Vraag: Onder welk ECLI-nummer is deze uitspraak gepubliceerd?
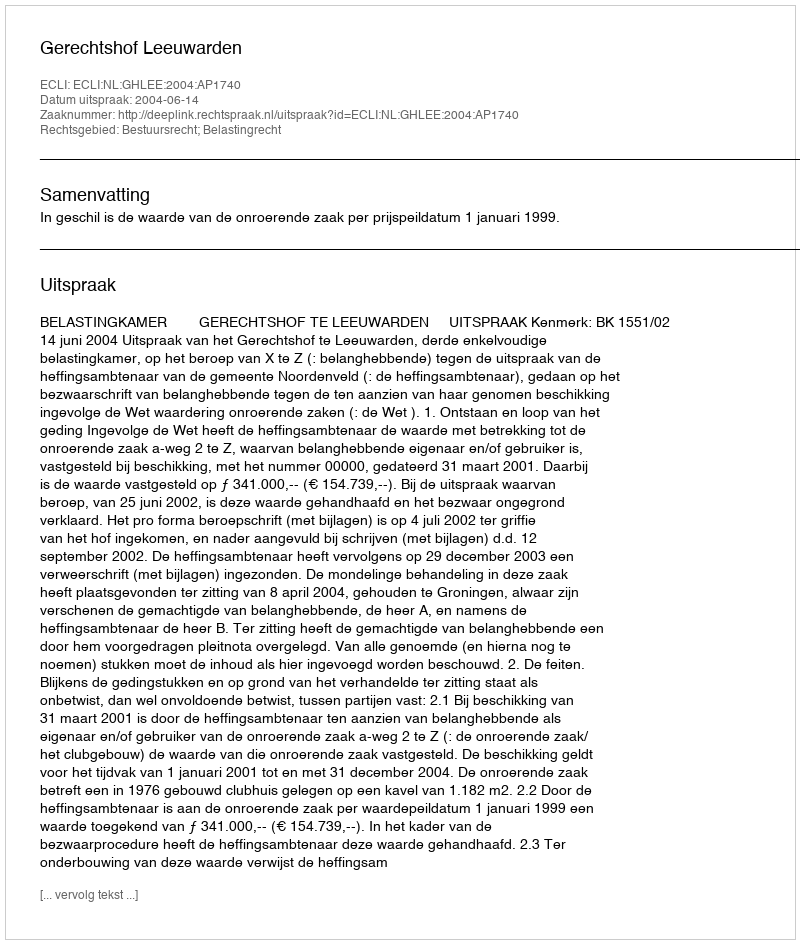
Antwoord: ECLI:NL:GHLEE:2004:AP1740